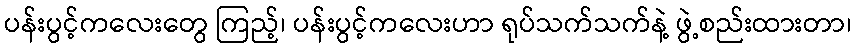
ပန်းပွင့်ကလေးတွေ ကြည့်၊ ပန်းပွင့်ကလေးဟာ ရုပ်သက်သက်နဲ့ ဖွဲ့စည်းထားတာ၊